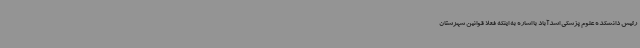
رئیس دانشکده علوم پزشکی اسدآباد با اشاره به اینکه فعلاً قوانین شهرستان